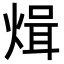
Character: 𭵓